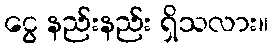
ငွေ နည်းနည်း ရှိသလား။